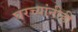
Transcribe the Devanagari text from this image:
घरच्यांनीही